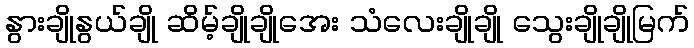
နွားချိုနွယ်ချို ဆိမ့်ချိုချိုအေး သံလေးချိုချို သွေးချိုချိုမြက်